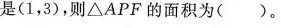
是(1，3)，则△APF的面积为( )。